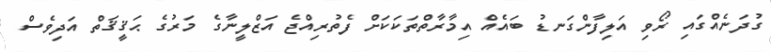
ގުދަނެއްގައި ރޯވި އަލިފާންގަނޑު ބައެއް އިމާރާތްތަކަކަށް ފެތުރިއްޖެ އަޒްލީނާގެ މަރުގެ ޙަޤީޤަތް އަދިވެސް